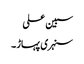
سبین علی
سنہری پہاڑ ۔